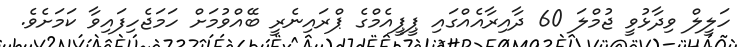
ހަލީލް ވިދާޅުވީ ޖުމްލަ 60 ދާއިރާއެއްގައި ޕީޕީއެމްގެ ޕްރައިނެރީ ބޭއްވުމަށް ހަމަޖެހިފައިވާ ކަމަށެވެ.